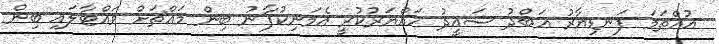
އުއްތަމަ ފަނޑިޔާރު އަބްދު ސައީދު ހައްޔަރުކުރީ އެމަނިކުފާނު ބިން މައްޗަށް ވައްޓާލައި ބިން